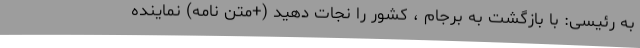
به رئیسی: با بازگشت به برجام ، کشور را نجات دهید (+متن نامه) نماینده